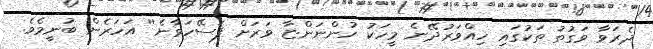
ދެރަވާ ވަގުތު ތަކުގައި ހިއްވަރުދޭނެ މީހަކު ހުންނަންޏާ ވަރަށް ފަސޭހަވާނެ'' އަހަރެން ބުނީމެވެ.